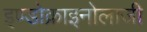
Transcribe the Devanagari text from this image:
इण्डोक्राइनोलाजी